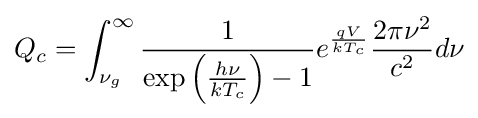
Q_{c}=\int _{\nu _{g}}^{\infty }{\frac {1}{\exp \left({\frac {h\nu }{kT_{c}}}\right)-1}}e^{\frac {qV}{kT_{c}}}{\frac {2\pi \nu ^{2}}{c^{2}}}d\nu